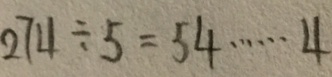
2 7 4 \div 5 = 5 4 \cdots 4